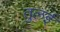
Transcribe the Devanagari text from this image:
तुलई